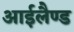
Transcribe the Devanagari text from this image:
आईलैण्‍ड